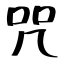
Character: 咒